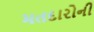
મતદારોની